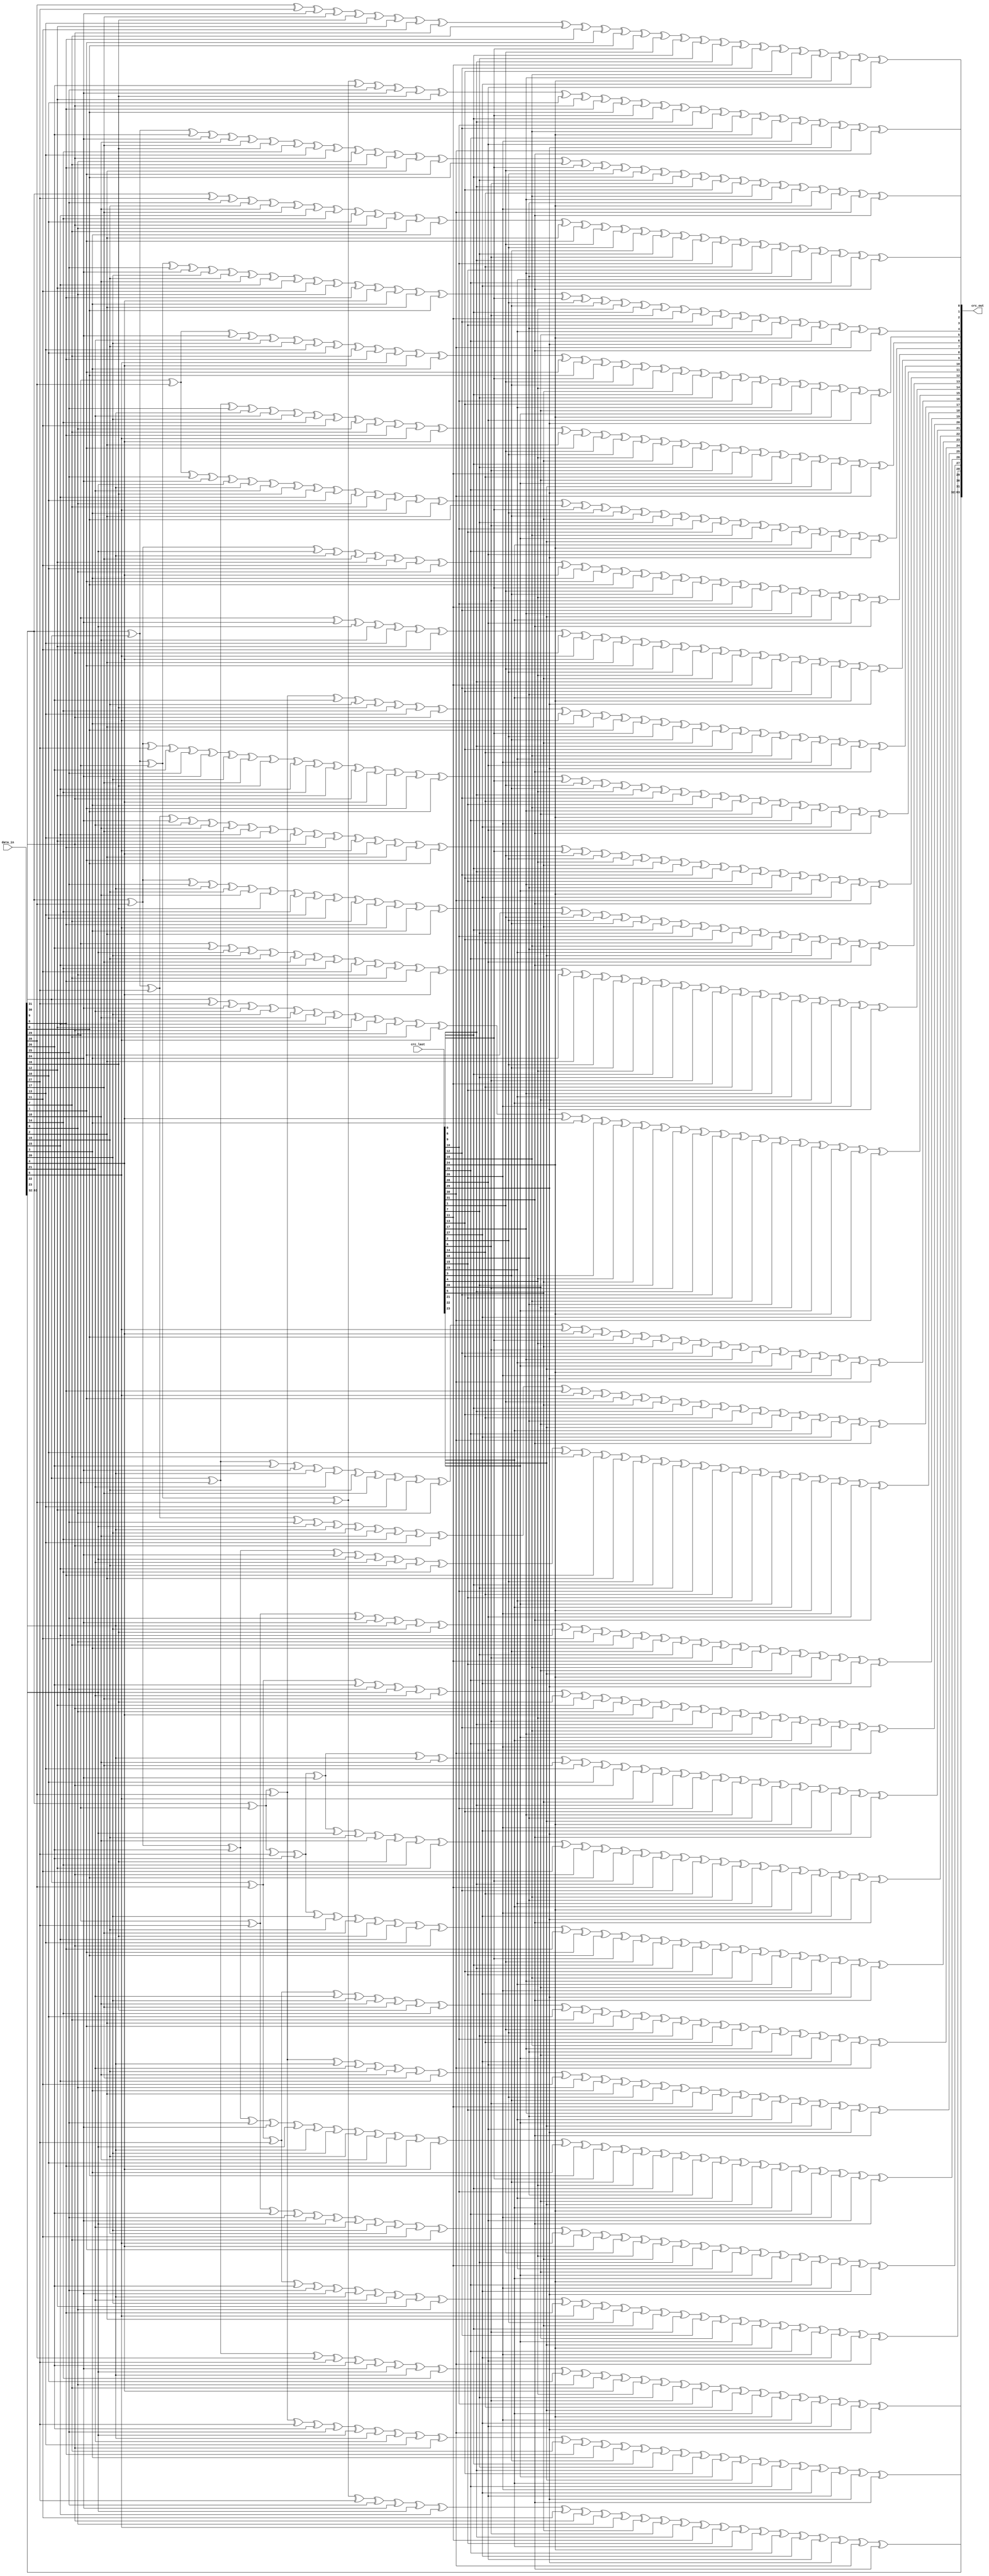
//`timescale 1ns / 1ps
//////////////////////////////////////////////////////////////////////////////////
// Company: 
// Engineer: 
// 
// Design Name: Wang Sha
// Module Name: CRC32_D32
// Project Name: 
// Target Devices: 
// Tool Versions: 
// Description: 
// 
// Dependencies: 
// 
// Revision:
// Revision 0.01 - File Created
// Additional Comments:
// 
//////////////////////////////////////////////////////////////////////////////////

module CRC32_D32
(
    data_in,
    crc_last,
    crc_out
);

// *************************
// INPUTS and OUPUTS
// *************************
input   [63:0]  data_in;
input   [31:0]  crc_last;
output  [63:0]  crc_out;

// *************************
// INTERNAL SIGNALS
// *************************
wire    [63:0]  d;
wire    [31:0]  c;
wire    [63:0]  newcrc;

// *************************
// CODE
// *************************

assign     d[31:0] = data_in[31:0];
assign     d[63:32] = data_in[63:32];
assign     c = crc_last;

assign    newcrc[63:32]=d[63:32];
assign    newcrc[0] = d[31] ^ d[30] ^ d[29] ^ d[28] ^ d[26] ^ d[25] ^ d[24] ^ d[16] ^ d[12] ^ d[10] ^ d[9] ^ d[6] ^ d[0] ^ c[0] ^ c[6] ^ c[9] ^ c[10] ^ c[12] ^ c[16] ^ c[24] ^ c[25] ^ c[26] ^ c[28] ^ c[29] ^ c[30] ^ c[31];
assign    newcrc[1] = d[28] ^ d[27] ^ d[24] ^ d[17] ^ d[16] ^ d[13] ^ d[12] ^ d[11] ^ d[9] ^ d[7] ^ d[6] ^ d[1] ^ d[0] ^ c[0] ^ c[1] ^ c[6] ^ c[7] ^ c[9] ^ c[11] ^ c[12] ^ c[13] ^ c[16] ^ c[17] ^ c[24] ^ c[27] ^ c[28];
assign    newcrc[2] = d[31] ^ d[30] ^ d[26] ^ d[24] ^ d[18] ^ d[17] ^ d[16] ^ d[14] ^ d[13] ^ d[9] ^ d[8] ^ d[7] ^ d[6] ^ d[2] ^ d[1] ^ d[0] ^ c[0] ^ c[1] ^ c[2] ^ c[6] ^ c[7] ^ c[8] ^ c[9] ^ c[13] ^ c[14] ^ c[16] ^ c[17] ^ c[18] ^ c[24] ^ c[26] ^ c[30] ^ c[31];
assign    newcrc[3] = d[31] ^ d[27] ^ d[25] ^ d[19] ^ d[18] ^ d[17] ^ d[15] ^ d[14] ^ d[10] ^ d[9] ^ d[8] ^ d[7] ^ d[3] ^ d[2] ^ d[1] ^ c[1] ^ c[2] ^ c[3] ^ c[7] ^ c[8] ^ c[9] ^ c[10] ^ c[14] ^ c[15] ^ c[17] ^ c[18] ^ c[19] ^ c[25] ^ c[27] ^ c[31];
assign    newcrc[4] = d[31] ^ d[30] ^ d[29] ^ d[25] ^ d[24] ^ d[20] ^ d[19] ^ d[18] ^ d[15] ^ d[12] ^ d[11] ^ d[8] ^ d[6] ^ d[4] ^ d[3] ^ d[2] ^ d[0] ^ c[0] ^ c[2] ^ c[3] ^ c[4] ^ c[6] ^ c[8] ^ c[11] ^ c[12] ^ c[15] ^ c[18] ^ c[19] ^ c[20] ^ c[24] ^ c[25] ^ c[29] ^ c[30] ^ c[31];
assign    newcrc[5] = d[29] ^ d[28] ^ d[24] ^ d[21] ^ d[20] ^ d[19] ^ d[13] ^ d[10] ^ d[7] ^ d[6] ^ d[5] ^ d[4] ^ d[3] ^ d[1] ^ d[0] ^ c[0] ^ c[1] ^ c[3] ^ c[4] ^ c[5] ^ c[6] ^ c[7] ^ c[10] ^ c[13] ^ c[19] ^ c[20] ^ c[21] ^ c[24] ^ c[28] ^ c[29];
assign    newcrc[6] = d[30] ^ d[29] ^ d[25] ^ d[22] ^ d[21] ^ d[20] ^ d[14] ^ d[11] ^ d[8] ^ d[7] ^ d[6] ^ d[5] ^ d[4] ^ d[2] ^ d[1] ^ c[1] ^ c[2] ^ c[4] ^ c[5] ^ c[6] ^ c[7] ^ c[8] ^ c[11] ^ c[14] ^ c[20] ^ c[21] ^ c[22] ^ c[25] ^ c[29] ^ c[30];
assign    newcrc[7] = d[29] ^ d[28] ^ d[25] ^ d[24] ^ d[23] ^ d[22] ^ d[21] ^ d[16] ^ d[15] ^ d[10] ^ d[8] ^ d[7] ^ d[5] ^ d[3] ^ d[2] ^ d[0] ^ c[0] ^ c[2] ^ c[3] ^ c[5] ^ c[7] ^ c[8] ^ c[10] ^ c[15] ^ c[16] ^ c[21] ^ c[22] ^ c[23] ^ c[24] ^ c[25] ^ c[28] ^ c[29];
assign    newcrc[8] = d[31] ^ d[28] ^ d[23] ^ d[22] ^ d[17] ^ d[12] ^ d[11] ^ d[10] ^ d[8] ^ d[4] ^ d[3] ^ d[1] ^ d[0] ^ c[0] ^ c[1] ^ c[3] ^ c[4] ^ c[8] ^ c[10] ^ c[11] ^ c[12] ^ c[17] ^ c[22] ^ c[23] ^ c[28] ^ c[31];
assign    newcrc[9] = d[29] ^ d[24] ^ d[23] ^ d[18] ^ d[13] ^ d[12] ^ d[11] ^ d[9] ^ d[5] ^ d[4] ^ d[2] ^ d[1] ^ c[1] ^ c[2] ^ c[4] ^ c[5] ^ c[9] ^ c[11] ^ c[12] ^ c[13] ^ c[18] ^ c[23] ^ c[24] ^ c[29];
assign    newcrc[10] = d[31] ^ d[29] ^ d[28] ^ d[26] ^ d[19] ^ d[16] ^ d[14] ^ d[13] ^ d[9] ^ d[5] ^ d[3] ^ d[2] ^ d[0] ^ c[0] ^ c[2] ^ c[3] ^ c[5] ^ c[9] ^ c[13] ^ c[14] ^ c[16] ^ c[19] ^ c[26] ^ c[28] ^ c[29] ^ c[31];
assign    newcrc[11] = d[31] ^ d[28] ^ d[27] ^ d[26] ^ d[25] ^ d[24] ^ d[20] ^ d[17] ^ d[16] ^ d[15] ^ d[14] ^ d[12] ^ d[9] ^ d[4] ^ d[3] ^ d[1] ^ d[0] ^ c[0] ^ c[1] ^ c[3] ^ c[4] ^ c[9] ^ c[12] ^ c[14] ^ c[15] ^ c[16] ^ c[17] ^ c[20] ^ c[24] ^ c[25] ^ c[26] ^ c[27] ^ c[28] ^ c[31];
assign    newcrc[12] = d[31] ^ d[30] ^ d[27] ^ d[24] ^ d[21] ^ d[18] ^ d[17] ^ d[15] ^ d[13] ^ d[12] ^ d[9] ^ d[6] ^ d[5] ^ d[4] ^ d[2] ^ d[1] ^ d[0] ^ c[0] ^ c[1] ^ c[2] ^ c[4] ^ c[5] ^ c[6] ^ c[9] ^ c[12] ^ c[13] ^ c[15] ^ c[17] ^ c[18] ^ c[21] ^ c[24] ^ c[27] ^ c[30] ^ c[31];
assign    newcrc[13] = d[31] ^ d[28] ^ d[25] ^ d[22] ^ d[19] ^ d[18] ^ d[16] ^ d[14] ^ d[13] ^ d[10] ^ d[7] ^ d[6] ^ d[5] ^ d[3] ^ d[2] ^ d[1] ^ c[1] ^ c[2] ^ c[3] ^ c[5] ^ c[6] ^ c[7] ^ c[10] ^ c[13] ^ c[14] ^ c[16] ^ c[18] ^ c[19] ^ c[22] ^ c[25] ^ c[28] ^ c[31];
assign    newcrc[14] = d[29] ^ d[26] ^ d[23] ^ d[20] ^ d[19] ^ d[17] ^ d[15] ^ d[14] ^ d[11] ^ d[8] ^ d[7] ^ d[6] ^ d[4] ^ d[3] ^ d[2] ^ c[2] ^ c[3] ^ c[4] ^ c[6] ^ c[7] ^ c[8] ^ c[11] ^ c[14] ^ c[15] ^ c[17] ^ c[19] ^ c[20] ^ c[23] ^ c[26] ^ c[29];
assign    newcrc[15] = d[30] ^ d[27] ^ d[24] ^ d[21] ^ d[20] ^ d[18] ^ d[16] ^ d[15] ^ d[12] ^ d[9] ^ d[8] ^ d[7] ^ d[5] ^ d[4] ^ d[3] ^ c[3] ^ c[4] ^ c[5] ^ c[7] ^ c[8] ^ c[9] ^ c[12] ^ c[15] ^ c[16] ^ c[18] ^ c[20] ^ c[21] ^ c[24] ^ c[27] ^ c[30];
assign    newcrc[16] = d[30] ^ d[29] ^ d[26] ^ d[24] ^ d[22] ^ d[21] ^ d[19] ^ d[17] ^ d[13] ^ d[12] ^ d[8] ^ d[5] ^ d[4] ^ d[0] ^ c[0] ^ c[4] ^ c[5] ^ c[8] ^ c[12] ^ c[13] ^ c[17] ^ c[19] ^ c[21] ^ c[22] ^ c[24] ^ c[26] ^ c[29] ^ c[30];
assign    newcrc[17] = d[31] ^ d[30] ^ d[27] ^ d[25] ^ d[23] ^ d[22] ^ d[20] ^ d[18] ^ d[14] ^ d[13] ^ d[9] ^ d[6] ^ d[5] ^ d[1] ^ c[1] ^ c[5] ^ c[6] ^ c[9] ^ c[13] ^ c[14] ^ c[18] ^ c[20] ^ c[22] ^ c[23] ^ c[25] ^ c[27] ^ c[30] ^ c[31];
assign    newcrc[18] = d[31] ^ d[28] ^ d[26] ^ d[24] ^ d[23] ^ d[21] ^ d[19] ^ d[15] ^ d[14] ^ d[10] ^ d[7] ^ d[6] ^ d[2] ^ c[2] ^ c[6] ^ c[7] ^ c[10] ^ c[14] ^ c[15] ^ c[19] ^ c[21] ^ c[23] ^ c[24] ^ c[26] ^ c[28] ^ c[31];
assign    newcrc[19] = d[29] ^ d[27] ^ d[25] ^ d[24] ^ d[22] ^ d[20] ^ d[16] ^ d[15] ^ d[11] ^ d[8] ^ d[7] ^ d[3] ^ c[3] ^ c[7] ^ c[8] ^ c[11] ^ c[15] ^ c[16] ^ c[20] ^ c[22] ^ c[24] ^ c[25] ^ c[27] ^ c[29];
assign    newcrc[20] = d[30] ^ d[28] ^ d[26] ^ d[25] ^ d[23] ^ d[21] ^ d[17] ^ d[16] ^ d[12] ^ d[9] ^ d[8] ^ d[4] ^ c[4] ^ c[8] ^ c[9] ^ c[12] ^ c[16] ^ c[17] ^ c[21] ^ c[23] ^ c[25] ^ c[26] ^ c[28] ^ c[30];
assign    newcrc[21] = d[31] ^ d[29] ^ d[27] ^ d[26] ^ d[24] ^ d[22] ^ d[18] ^ d[17] ^ d[13] ^ d[10] ^ d[9] ^ d[5] ^ c[5] ^ c[9] ^ c[10] ^ c[13] ^ c[17] ^ c[18] ^ c[22] ^ c[24] ^ c[26] ^ c[27] ^ c[29] ^ c[31];
assign    newcrc[22] = d[31] ^ d[29] ^ d[27] ^ d[26] ^ d[24] ^ d[23] ^ d[19] ^ d[18] ^ d[16] ^ d[14] ^ d[12] ^ d[11] ^ d[9] ^ d[0] ^ c[0] ^ c[9] ^ c[11] ^ c[12] ^ c[14] ^ c[16] ^ c[18] ^ c[19] ^ c[23] ^ c[24] ^ c[26] ^ c[27] ^ c[29] ^ c[31];
assign    newcrc[23] = d[31] ^ d[29] ^ d[27] ^ d[26] ^ d[20] ^ d[19] ^ d[17] ^ d[16] ^ d[15] ^ d[13] ^ d[9] ^ d[6] ^ d[1] ^ d[0] ^ c[0] ^ c[1] ^ c[6] ^ c[9] ^ c[13] ^ c[15] ^ c[16] ^ c[17] ^ c[19] ^ c[20] ^ c[26] ^ c[27] ^ c[29] ^ c[31];
assign    newcrc[24] = d[30] ^ d[28] ^ d[27] ^ d[21] ^ d[20] ^ d[18] ^ d[17] ^ d[16] ^ d[14] ^ d[10] ^ d[7] ^ d[2] ^ d[1] ^ c[1] ^ c[2] ^ c[7] ^ c[10] ^ c[14] ^ c[16] ^ c[17] ^ c[18] ^ c[20] ^ c[21] ^ c[27] ^ c[28] ^ c[30];
assign    newcrc[25] = d[31] ^ d[29] ^ d[28] ^ d[22] ^ d[21] ^ d[19] ^ d[18] ^ d[17] ^ d[15] ^ d[11] ^ d[8] ^ d[3] ^ d[2] ^ c[2] ^ c[3] ^ c[8] ^ c[11] ^ c[15] ^ c[17] ^ c[18] ^ c[19] ^ c[21] ^ c[22] ^ c[28] ^ c[29] ^ c[31];
assign    newcrc[26] = d[31] ^ d[28] ^ d[26] ^ d[25] ^ d[24] ^ d[23] ^ d[22] ^ d[20] ^ d[19] ^ d[18] ^ d[10] ^ d[6] ^ d[4] ^ d[3] ^ d[0] ^ c[0] ^ c[3] ^ c[4] ^ c[6] ^ c[10] ^ c[18] ^ c[19] ^ c[20] ^ c[22] ^ c[23] ^ c[24] ^ c[25] ^ c[26] ^ c[28] ^ c[31];
assign    newcrc[27] = d[29] ^ d[27] ^ d[26] ^ d[25] ^ d[24] ^ d[23] ^ d[21] ^ d[20] ^ d[19] ^ d[11] ^ d[7] ^ d[5] ^ d[4] ^ d[1] ^ c[1] ^ c[4] ^ c[5] ^ c[7] ^ c[11] ^ c[19] ^ c[20] ^ c[21] ^ c[23] ^ c[24] ^ c[25] ^ c[26] ^ c[27] ^ c[29];
assign    newcrc[28] = d[30] ^ d[28] ^ d[27] ^ d[26] ^ d[25] ^ d[24] ^ d[22] ^ d[21] ^ d[20] ^ d[12] ^ d[8] ^ d[6] ^ d[5] ^ d[2] ^ c[2] ^ c[5] ^ c[6] ^ c[8] ^ c[12] ^ c[20] ^ c[21] ^ c[22] ^ c[24] ^ c[25] ^ c[26] ^ c[27] ^ c[28] ^ c[30];
assign    newcrc[29] = d[31] ^ d[29] ^ d[28] ^ d[27] ^ d[26] ^ d[25] ^ d[23] ^ d[22] ^ d[21] ^ d[13] ^ d[9] ^ d[7] ^ d[6] ^ d[3] ^ c[3] ^ c[6] ^ c[7] ^ c[9] ^ c[13] ^ c[21] ^ c[22] ^ c[23] ^ c[25] ^ c[26] ^ c[27] ^ c[28] ^ c[29] ^ c[31];
assign    newcrc[30] = d[30] ^ d[29] ^ d[28] ^ d[27] ^ d[26] ^ d[24] ^ d[23] ^ d[22] ^ d[14] ^ d[10] ^ d[8] ^ d[7] ^ d[4] ^ c[4] ^ c[7] ^ c[8] ^ c[10] ^ c[14] ^ c[22] ^ c[23] ^ c[24] ^ c[26] ^ c[27] ^ c[28] ^ c[29] ^ c[30];
assign    newcrc[31] = d[31] ^ d[30] ^ d[29] ^ d[28] ^ d[27] ^ d[25] ^ d[24] ^ d[23] ^ d[15] ^ d[11] ^ d[9] ^ d[8] ^ d[5] ^ c[5] ^ c[8] ^ c[9] ^ c[11] ^ c[15] ^ c[23] ^ c[24] ^ c[25] ^ c[27] ^ c[28] ^ c[29] ^ c[30] ^ c[31];
    
assign crc_out = newcrc;

endmodule